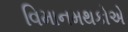
વિમાનમથકોએ